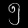
Digit: ၅